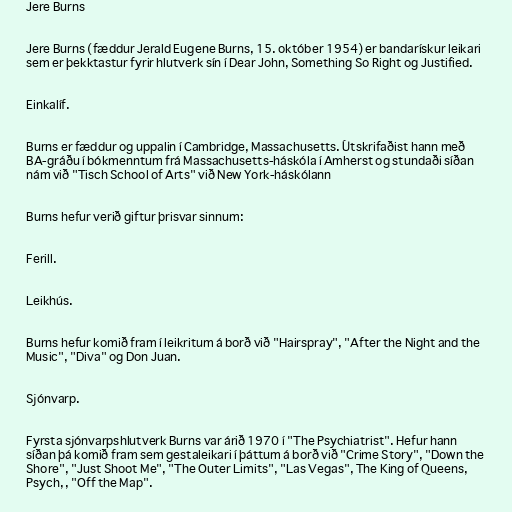
Jere Burns

Jere Burns (fæddur Jerald Eugene Burns, 15. október 1954) er bandarískur leikari
sem er þekktastur fyrir hlutverk sín í Dear John, Something So Right og Justified.

Einkalíf.

Burns er fæddur og uppalin í Cambridge, Massachusetts. Útskrifaðist hann með
BA-gráðu í bókmenntum frá Massachusetts-háskóla í Amherst og stundaði síðan
nám við "Tisch School of Arts" við New York-háskólann

Burns hefur verið giftur þrisvar sinnum:

Ferill.

Leikhús.

Burns hefur komið fram í leikritum á borð við "Hairspray", "After the Night and the
Music", "Diva" og Don Juan.

Sjónvarp.

Fyrsta sjónvarpshlutverk Burns var árið 1970 í "The Psychiatrist". Hefur hann
síðan þá komið fram sem gestaleikari í þáttum á borð við "Crime Story", "Down the
Shore", "Just Shoot Me", "The Outer Limits", "Las Vegas", The King of Queens,
Psych, , "Off the Map".